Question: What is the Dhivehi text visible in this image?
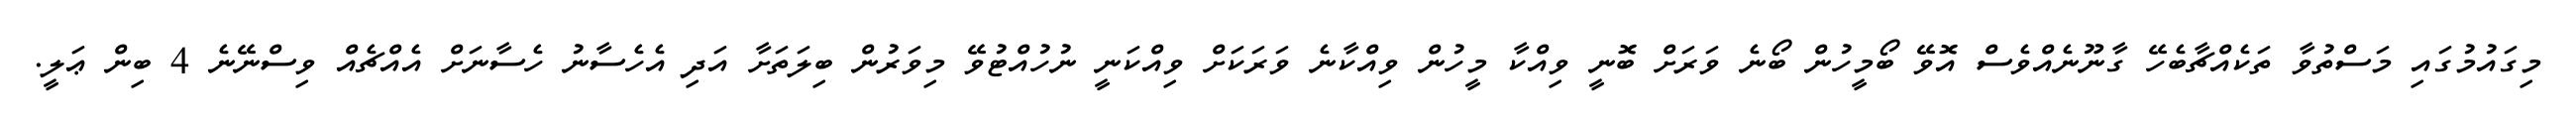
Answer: މިގައުމުގައި މަސްތުވާ ތަކެއްޗާބެހޭ ގާނޫނެއްވެސް އޮވޭ ބޯމީހުން ބޯނެ ވަރަށް ބޮނީ ވިއްކާ މީހުން ވިއްކާނެ ވަރަކަށް ވިއްކަނީ ނުހުއްޓުވޭ މިވަރުން ބިލަތަށާ އަދި އެހެސާނު ހެސާނަށް އެއްޗެއް ވިސްނޭނެ 4 ބިން ޢަލީ.